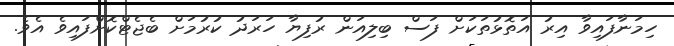
ހިމަނާފައިވާ އިރު އަތޮޅުތަކަށް ފަސް ބިލިއަން ރުފިޔާ ހަރަދު ކުރުމަށް ބެޖެޓްކޮށްފައިވެ އެވެ.